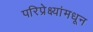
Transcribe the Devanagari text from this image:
परिप्रेक्ष्यांमधून